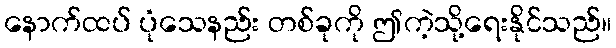
နောက်ထပ် ပုံသေနည်း တစ်ခုကို ဤကဲ့သို့ရေးနိုင်သည်။